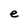
Character: e